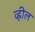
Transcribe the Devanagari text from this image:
व्ह्रील